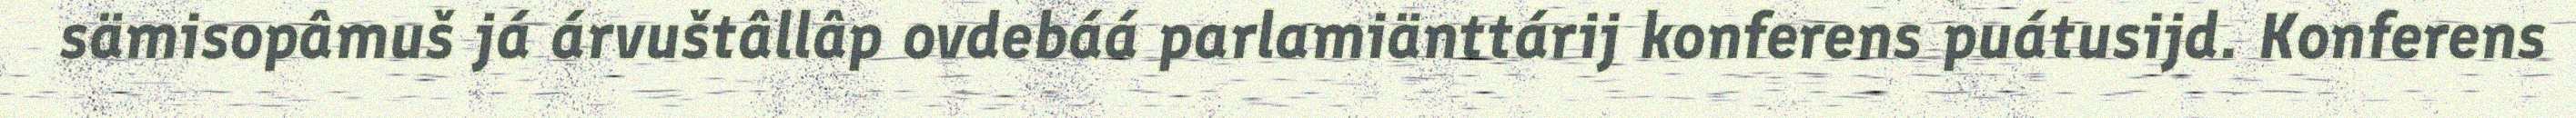
sämisopâmuš já árvuštâllâp ovdebáá parlamiänttárij konferens puátusijd. Konferens